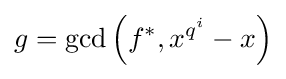
g=\gcd \left(f^{*},x^{q^{i}}-x\right)